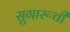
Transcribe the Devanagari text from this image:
सुगारूची